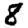
Digit: 8